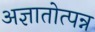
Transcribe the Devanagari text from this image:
अज्ञातोत्पन्न